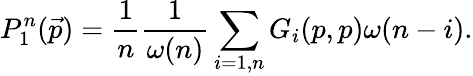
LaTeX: P_{1}^{n}(\vec{p})=\frac{1}{n}\frac{1}{\omega(n)}\sum_{i=1,n}G_{i}(p,p)\omega(n-i).